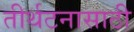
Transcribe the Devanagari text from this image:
तीर्थटनासाठी